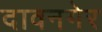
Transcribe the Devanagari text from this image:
दावनगेर